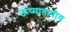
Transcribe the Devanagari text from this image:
ऊष्मातापीय